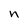
Character: n